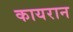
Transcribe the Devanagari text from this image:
कायरान